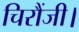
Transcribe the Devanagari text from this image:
चिरौंजी।